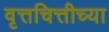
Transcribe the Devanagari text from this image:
वृत्तचित्तीच्या